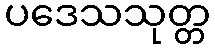
ပဒေသသုတ္တ